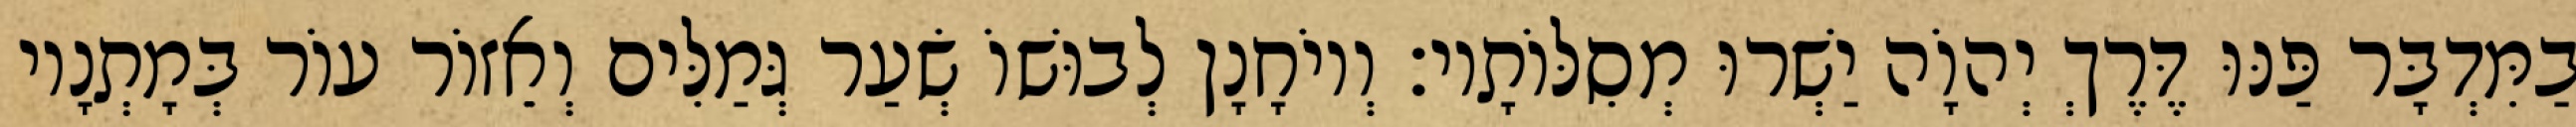
בַמִּדְבָּר פַּנּוּ דֶּרֶךְ יְהוָֹה יַשְׁרוּ מְסִלּוֹתָיו׃ וְיוֹחָנָן לְבוּשׁוֹ שְׂעַר גְּמַלִּים וְאֵזוֹר עוֹר בְּמָתְנָיו